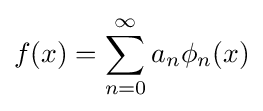
f(x)=\sum _{n=0}^{\infty }a_{n}\phi _{n}(x)